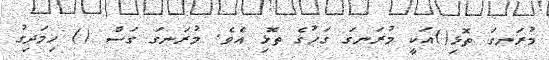
މުރަނގަ ތޮޅި()އަކީ މުރަނގަ ގަހުގެ ތޮޅި އެވެ. މުރަނގަ ގަސް () ހިމަދިގު